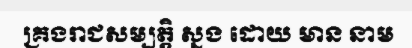
គ្រងរាជសម្បត្តិ ស្នង ដោយ មាន នាម